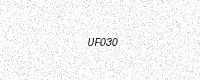
Text: UF030